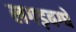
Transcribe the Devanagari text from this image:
लगड़बग्घे